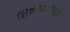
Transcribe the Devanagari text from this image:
हिमालयपुत्री